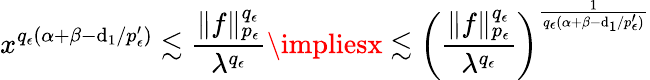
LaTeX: x^{q_{\epsilon}(\alpha+\beta-\mathrm{d}_{1}/{p_{\epsilon}^{\prime}})}\lesssim\frac{{\| f\| _{p_{\epsilon}}^{q_{\epsilon}}}}{{\lambda^{q_{\epsilon}}}}\impliesx\lesssim\left(\frac{{\| f\| _{p_{\epsilon}}^{q_{\epsilon}}}}{{\lambda^{q_{\epsilon}}}}\right)^{\frac{{1}}{{q_{\epsilon}(\alpha+\beta-\mathrm{d}_{1}/{p_{\epsilon}^{\prime}})}}}